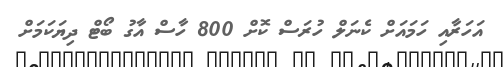
އަހަރާއި ހަމައަށް ކެނަލް ހުރަސް ކޮށް 800 ހާސް އާގު ބޯޓް ދިޔަކަމަށް